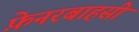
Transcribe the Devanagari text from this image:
फ़ेनरबाहसी